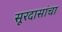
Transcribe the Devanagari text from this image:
सूरदासांचा